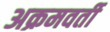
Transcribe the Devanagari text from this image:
अक्रमवर्ती